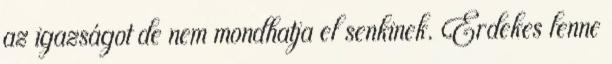
az igazságot de nem mondhatja el senkinek. Érdekes lenne